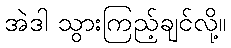
အဲဒါ သွားကြည့်ချင်လို့။